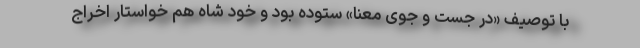
با توصیف «در جست و جوی معنا» ستوده بود و خود شاه هم خواستار اخراج